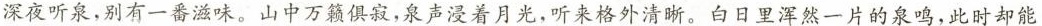
深夜听泉，别有一番滋味。山中万籁俱寂，泉声浸着月光，听来格外清晰。白日里浑然一片的泉鸣，此时却能